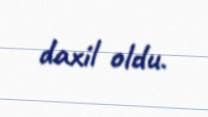
daxil oldu.